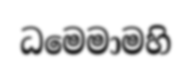
ධමෙමාමහි